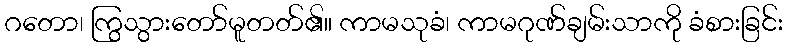
ဂတော၊ ကြွသွားတော်မူတတ်၏။ ကာမသုခံ၊ ကာမဂုဏ်ချမ်းသာကို ခံစားခြင်း